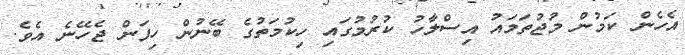
އެހެން ކަމުން މުޖުތަމައު އިސްލާހު ކުރުމުގައި ހިކުމަތުގެ ބޭނުން ހިފަން ޖެހޭނެ އެވެ.